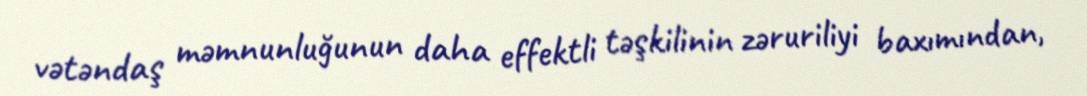
vətəndaş məmnunluğunun daha effektli təşkilinin zəruriliyi baxımından,